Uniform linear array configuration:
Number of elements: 8
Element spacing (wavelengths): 0.5
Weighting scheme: hamming
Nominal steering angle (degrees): -45
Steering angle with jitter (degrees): -43.793
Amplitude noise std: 0.05
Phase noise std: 0.05

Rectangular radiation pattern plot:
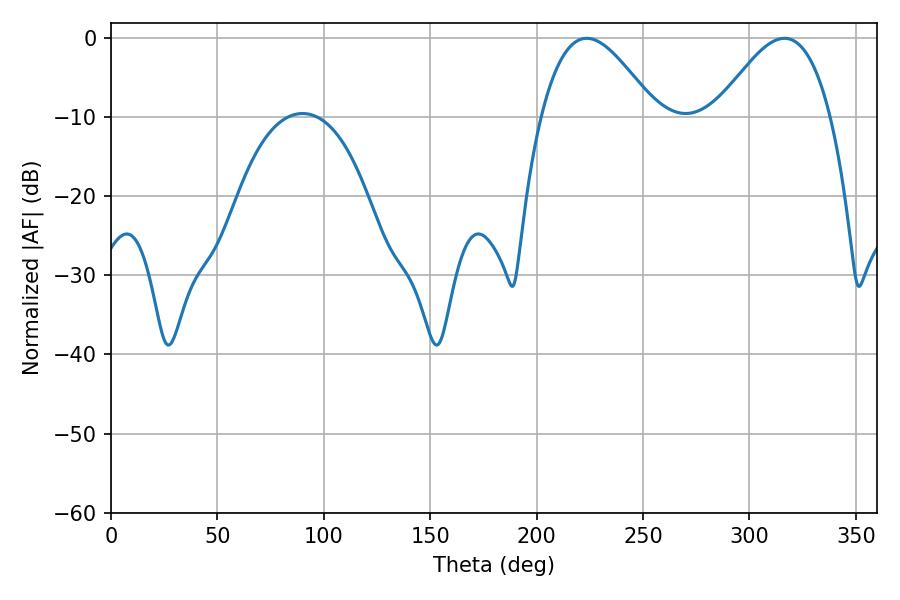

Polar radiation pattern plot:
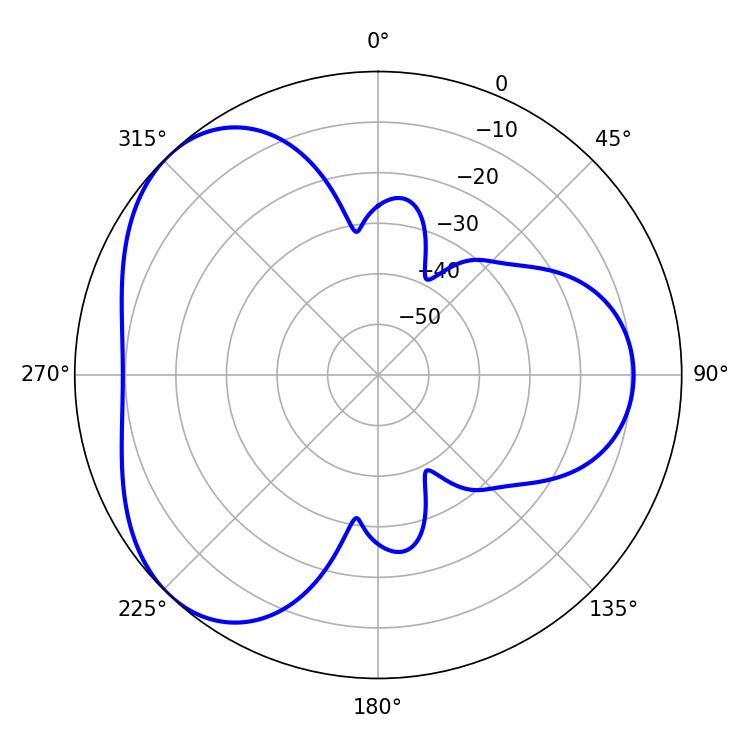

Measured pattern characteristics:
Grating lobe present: FALSE
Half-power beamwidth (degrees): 28.98
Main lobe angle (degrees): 223.56